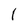
Character: I